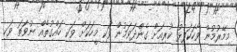
މިމޭރުމުން ވާހަކަފުޅު ކުރިއަށް ގެންދަވަމުން ވަކި މީހަކަށް ވަކި ހައްގުތެއް ނުވަތަ ވަކި